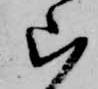
ら